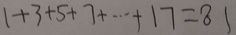
1 + 3 + 5 + 7 + \cdots + 1 7 = 8 1